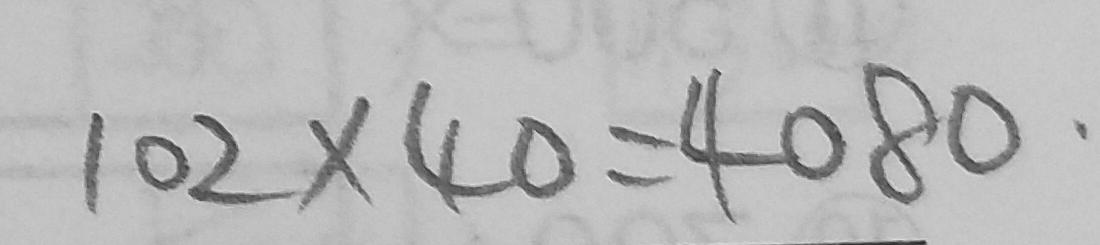
1 0 2 \times 4 0 = 4 0 8 0 .